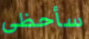
سأحظى